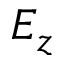
E _ { z }